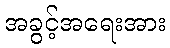
အခွင့်အရေးအား